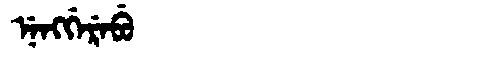
Manchu: ᠨᡝᠩᡤᡝᡵᡝᠪᡠ
Romanization: NENGGEREBU